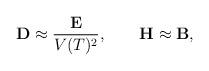
LaTeX: \begin{align*}{\bf D}\approx \frac{\bf E}{V(T)^{2}},\qquad {\bf H}\approx {\bf B},\end{align*}